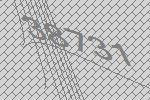
38731